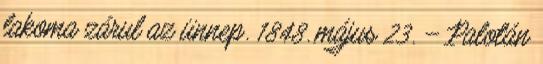
lakoma zárul az ünnep. 1848. május 23. – Palotán